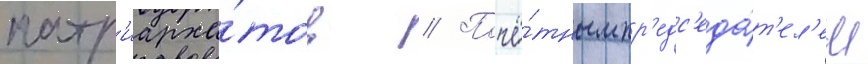
патр'иарха́тов // Почё́тным пр'едс'еда́т'ел'ем